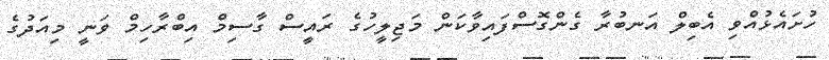
ހުށައެޅުއްވި އެބިލް އަނބުރާ ގެންގޮސްފައިވާކަން މަޖިލީހުގެ ރައީސް ގާސިމް އިބްރާހިމް ވަނީ މިއަދުގެ